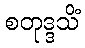
စတုဒ္ဒသိံ